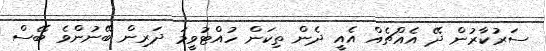
ސަރުކާރުން ދޭ އެއްޗެއް އެއީ ދެން ތިކަން ހުއްޓުވީމަ ދަރިން ބޭނުންވެ ބޭސް